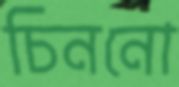
চিননো